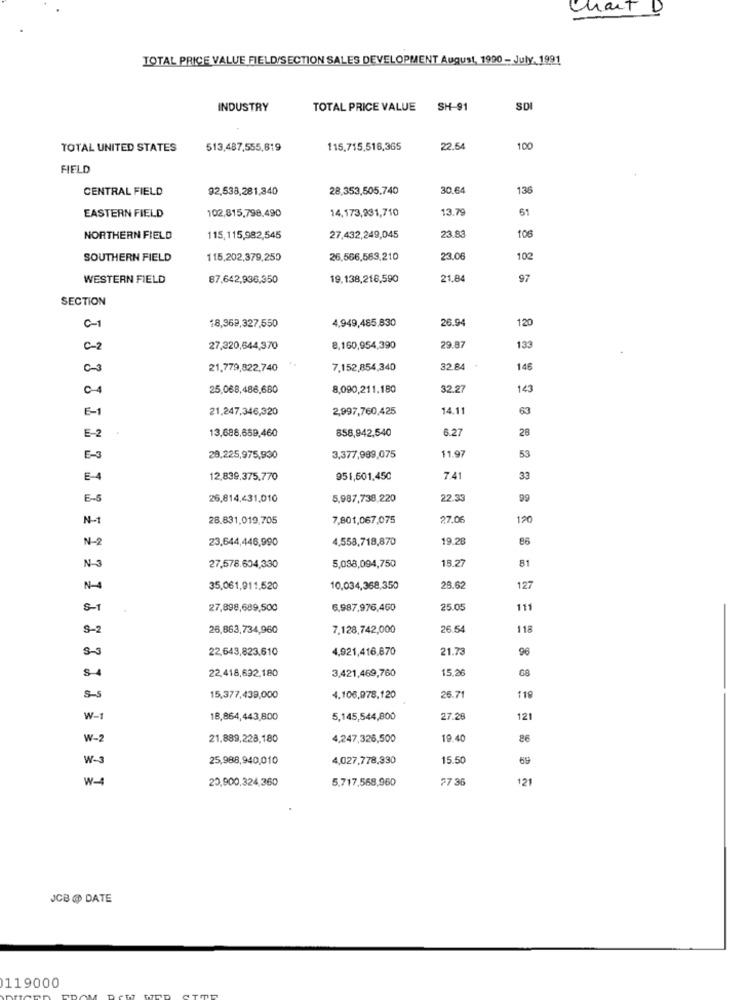
Chart
D
TOTAL PRICE VALUE FIELD/SECTION SALES DEVELOPMENT August, 1990 - July. 1991
INDUSTRY
TOTAL PRICE VALUE
SH-91
SDI
TOTAL UNITED STATES
513,487,555,819
115,715,516,365
22.54
100
FIELD
CENTRAL FIELD
92,538,281,340
28,353,505.740
30.64
136
102,815,798,490
14,173,931,710
13.79
61
EASTERN FIELD
NORTHERN FIELD
115,115,982,545
27.432,249,045
23.83
106
SOUTHERN FIELD
115,202,379,250
26.566,563,210
23.0
102
WESTERN FIELD
87.642,936,350
19,138,216,590
21.84
97
SECTION
4,949,485,830
26.94
120
C-
18,362,327,550
C-2
27,220,644,370
8,160,954,390
29.87
133
21.779,822,740
7.152,854,340
32.84
146
01
25,068,486,680
8,090,211,180
32.27
143
E-1
21.247,346,320
2,997,760,425
14.11
63
13,688,659,460
858,942,540
6.27
28
E-2
53
E-3
28,225,975,930
3,377,989,075
11.9
E-A
12,839.375.770
951,501.450
7.41
33
E-6
26,814,431,010
5,987,738,220
22.3
99
N-1
28.831.019,705
7,801,067,075
27.0
120
N-2
23.644,446,990
4,558,718,870
19.28
86
N-3
15.2
81
27,578.604,330
5,038,094,750
35,061,911,520
10,034,368,350
28.62
127
S-1
27,898,689,500
6,987,976,460
25.0
111
S-2
26,863,734,960
7.128,742,000
26.54
118
22,643,823.610
4,921,416,670
21.73
96
S 4
22,418,692,180
3,421,469,760
15.26
68
S-5
15,377,439,000
4.106,978,120
25.71
119
w-
18,864,443,800
5,145,544,800
27.2
121
W-2
21.889,228,180
4,247,326,500
19.4
86
W-
25,988,940,010
4,027,778,330
15.50
69
W-4
23,900.324,360
5.717,568,960
27 36
121
JCB @ DATE
119000